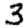
Digit: 3